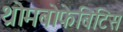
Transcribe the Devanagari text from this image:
थ्रोमबोफेबिटिस